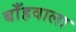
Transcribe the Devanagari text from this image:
बाँहवाला